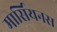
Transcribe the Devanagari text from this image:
मार्सियनस